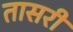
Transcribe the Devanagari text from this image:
तासरी